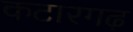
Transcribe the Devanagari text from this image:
कटारगढ़